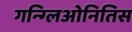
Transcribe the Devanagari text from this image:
गन्ग्लिओनितिस